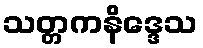
သတ္တကနိဒ္ဒေသ